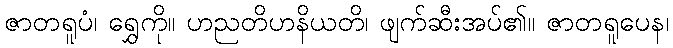
ဇာတရူပံ၊ ရွှေကို။ ဟညတိဟနိယတိ၊ ဖျက်ဆီးအပ်၏။ ဇာတရူပေန၊